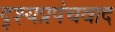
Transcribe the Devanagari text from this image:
दृश्यप्रपंचवाद